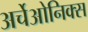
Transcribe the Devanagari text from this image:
अर्चेओनिक्स